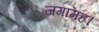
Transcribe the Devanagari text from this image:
जगामह।